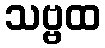
သဗ္ဗထ